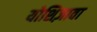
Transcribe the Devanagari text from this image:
योशिज़ावा